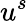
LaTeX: u^{s}